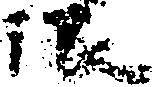
限